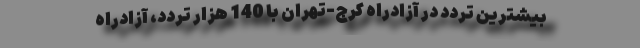
بیشترین تردد در آزادراه‌ ‌کرج‌-تهران با 140 هزار تردد، آزادراه‌ ‌